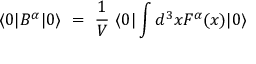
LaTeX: \langle 0 | B ^ { \alpha } | 0 \rangle \ = \ \frac 1 V \ \langle 0 | \int d ^ { 3 } x F ^ { \alpha } ( x ) | 0 \rangle